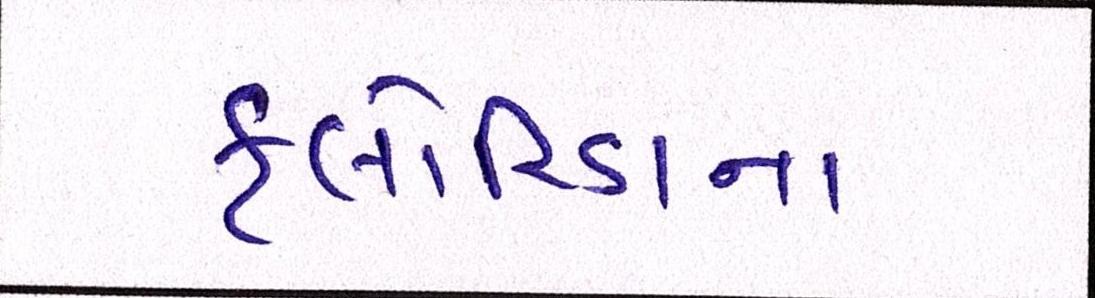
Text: ફ્લોરિડાના